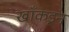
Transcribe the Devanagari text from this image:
खाँकडून